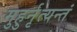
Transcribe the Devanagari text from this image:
मुहुर्नृत्यन्तं